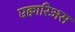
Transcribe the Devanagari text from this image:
एक्वारिअस